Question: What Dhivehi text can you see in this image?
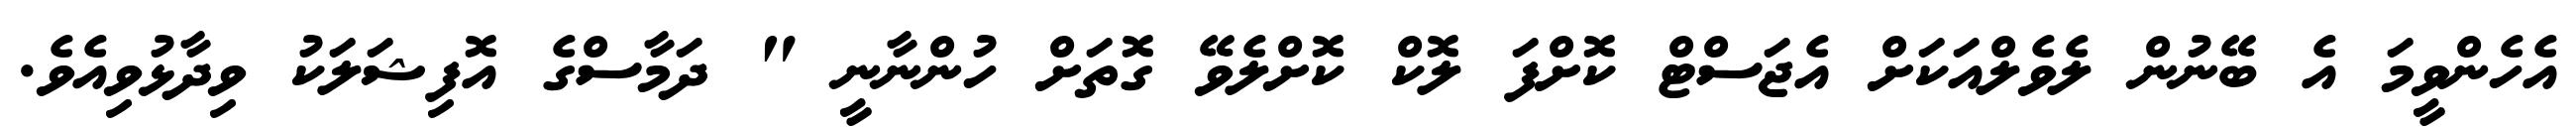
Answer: އެހެންވީމަ އެ ބޭނުން ލެވެލްއަކަށް އެޖަސްޓް ކޮށްފަ ލޮކް ކޮށްލެވޭ ގޮތަށް ހުންނާނީ " ދަމާސްގެ އޮފިޝަލަކު ވިދާޅުވިއެވެ.